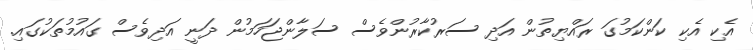
އެކި އެކި ކަންކަމުގަ ރައްޔިތުން އަދި ސަރުކާރުންވެސް ސަލާންޖަހަމުން ދަނީ އަދިވެސް ގައުމުތަކުގައި.